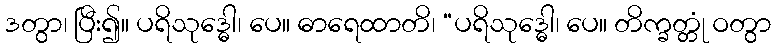
ဒတွာ၊ ပြီး၍။ ပရိသုဒ္ဓေါ၊ ပေ။ ဓာရေထာတိ၊ “ပရိသုဒ္ဓေါ၊ ပေ။ တိက္ခတ္တုံ ဝတွာ